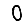
Digit: 0